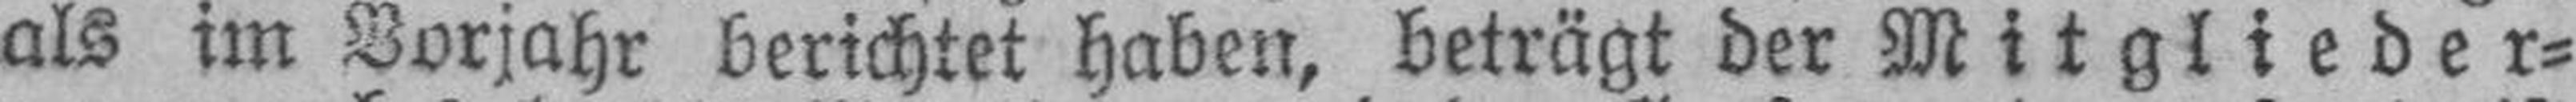
als im Vorjahr berichtet haben, beträgt der Mitglieder¬